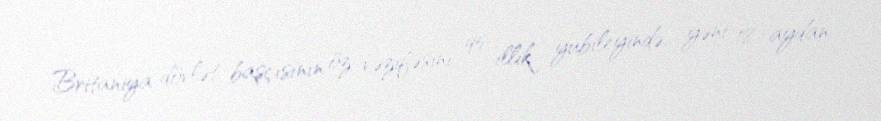
Britaniya dövlət başçısının öz vəzifəsini 95 illik yubileyində, yəni 18 aydan